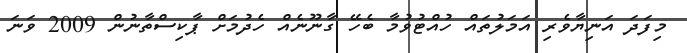
މިފަދަ އަނިޔާވެރި އަމަލުތައް ހުއްޓުވުމާ ބެހޭ ގާނޫނެއް ހެދުމަށް ޕާކިސްތާނުން 2009 ވަނަ